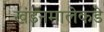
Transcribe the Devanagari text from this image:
खंडनमालेकडे